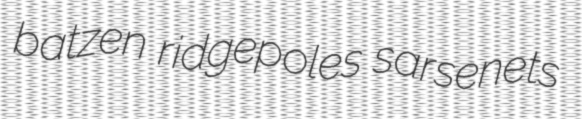
batzen ridgepoles sarsenets